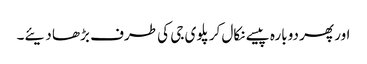
اور پھر دوبارہ پیسے نکال کر پلوی جی کی طرف بڑھا دیئے۔